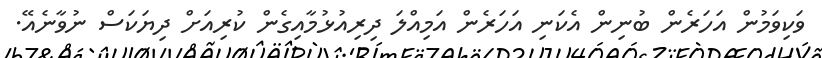
ވަކިވަމުން އަހަރެން ބުނިން އެކަނި އަހަރެން އަމިއްލަ ދިރިއުޅުމާއިގެން ކުރިއަށް ދިޔަކަސް ނުވާނެއޭ.